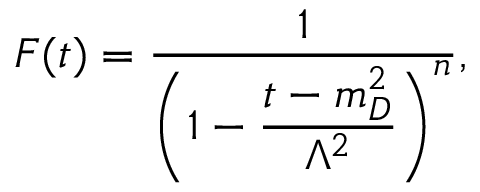
F ( t ) = \displaystyle \frac { 1 } { \left( 1 - \displaystyle \frac { t - m _ { D } ^ { 2 } } { \Lambda ^ { 2 } } \right) ^ { n } } ,